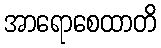
အာရောစေထာတိ